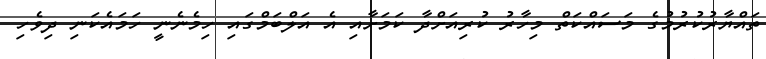
ތައްޔާރުކުރުމުގެ މަސައްކަތް މިހާރު ކުރިއަށްދާ ކަމަށާއި އެ އަލްބަމްގައި ހިމެނެނީ ހަމައެކަނި ދިވެހި